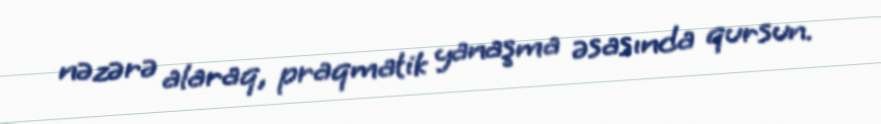
nəzərə alaraq, praqmatik yanaşma əsasında qursun.